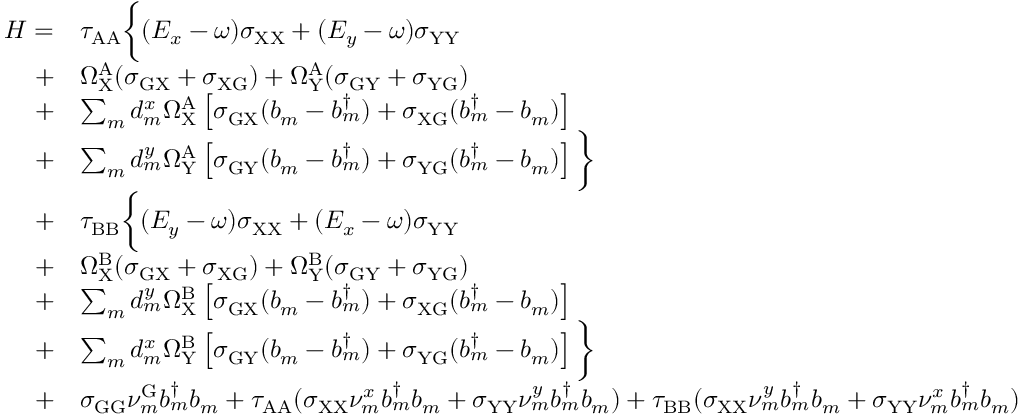
\begin{array} { r l } { H = } & { \tau _ { \mathrm { A A } } \bigg \{ ( E _ { x } - \omega ) \sigma _ { \mathrm { X X } } + ( E _ { y } - \omega ) \sigma _ { \mathrm { Y Y } } } \\ { + } & { \Omega _ { \mathrm { X } } ^ { \mathrm { A } } ( \sigma _ { \mathrm { G X } } + \sigma _ { \mathrm { X G } } ) + \Omega _ { \mathrm { Y } } ^ { \mathrm { A } } ( \sigma _ { \mathrm { G Y } } + \sigma _ { \mathrm { Y G } } ) } \\ { + } & { \sum _ { m } d _ { m } ^ { x } \Omega _ { \mathrm { X } } ^ { \mathrm { A } } \left[ \sigma _ { \mathrm { G X } } ( b _ { m } - b _ { m } ^ { \dagger } ) + \sigma _ { \mathrm { X } \mathrm { G } } ( b _ { m } ^ { \dagger } - b _ { m } ) \right] } \\ { + } & { \sum _ { m } d _ { m } ^ { y } \Omega _ { \mathrm { Y } } ^ { \mathrm { A } } \left[ \sigma _ { \mathrm { G Y } } ( b _ { m } - b _ { m } ^ { \dagger } ) + \sigma _ { \mathrm { Y } \mathrm { G } } ( b _ { m } ^ { \dagger } - b _ { m } ) \right] \bigg \} } \\ { + } & { \tau _ { \mathrm { B B } } \bigg \{ ( E _ { y } - \omega ) \sigma _ { \mathrm { X X } } + ( E _ { x } - \omega ) \sigma _ { \mathrm { Y Y } } } \\ { + } & { \Omega _ { \mathrm { X } } ^ { \mathrm { B } } ( \sigma _ { \mathrm { G X } } + \sigma _ { \mathrm { X G } } ) + \Omega _ { \mathrm { Y } } ^ { \mathrm { B } } ( \sigma _ { \mathrm { G Y } } + \sigma _ { \mathrm { Y G } } ) } \\ { + } & { \sum _ { m } d _ { m } ^ { y } \Omega _ { \mathrm { X } } ^ { \mathrm { B } } \left[ \sigma _ { \mathrm { G X } } ( b _ { m } - b _ { m } ^ { \dagger } ) + \sigma _ { \mathrm { X } \mathrm { G } } ( b _ { m } ^ { \dagger } - b _ { m } ) \right] } \\ { + } & { \sum _ { m } d _ { m } ^ { x } \Omega _ { \mathrm { Y } } ^ { \mathrm { B } } \left[ \sigma _ { \mathrm { G Y } } ( b _ { m } - b _ { m } ^ { \dagger } ) + \sigma _ { \mathrm { Y } \mathrm { G } } ( b _ { m } ^ { \dagger } - b _ { m } ) \right] \bigg \} } \\ { + } & { \sigma _ { \mathrm { G G } } \nu _ { m } ^ { \mathrm { G } } b _ { m } ^ { \dagger } b _ { m } + \tau _ { \mathrm { A A } } ( \sigma _ { \mathrm { X X } } \nu _ { m } ^ { x } b _ { m } ^ { \dagger } b _ { m } + \sigma _ { \mathrm { Y Y } } \nu _ { m } ^ { y } b _ { m } ^ { \dagger } b _ { m } ) + \tau _ { \mathrm { B B } } ( \sigma _ { \mathrm { X X } } \nu _ { m } ^ { y } b _ { m } ^ { \dagger } b _ { m } + \sigma _ { \mathrm { Y Y } } \nu _ { m } ^ { x } b _ { m } ^ { \dagger } b _ { m } ) } \end{array}